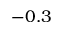
- 0 . 3